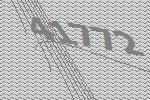
41772